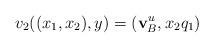
LaTeX: \begin{align*}v_2((x_1,x_2),y)=({\bf v}_B\sp{u},x_2q_1)\end{align*}